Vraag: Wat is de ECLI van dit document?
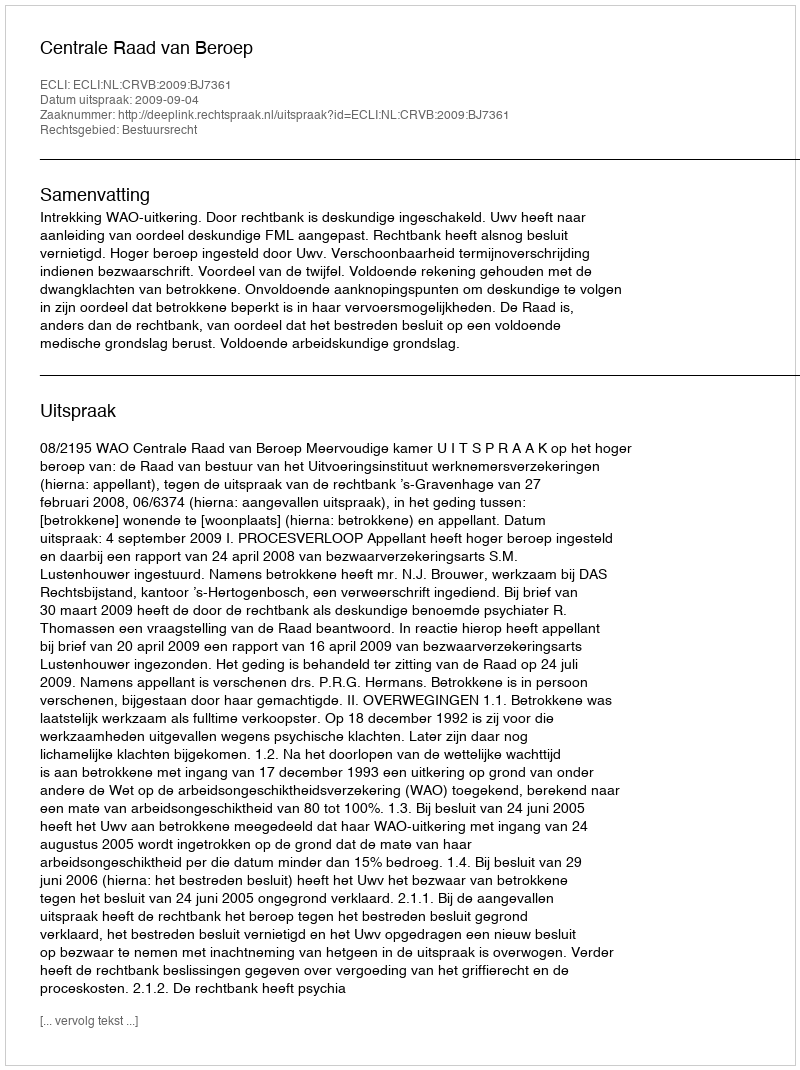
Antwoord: ECLI:NL:CRVB:2009:BJ7361